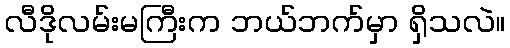
လီဒိုလမ်းမကြီးက ဘယ်ဘက်မှာ ရှိသလဲ။